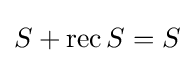
S+\operatorname {rec} S=S